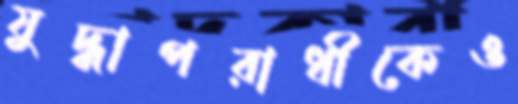
যুদ্ধাপরাধীকেও